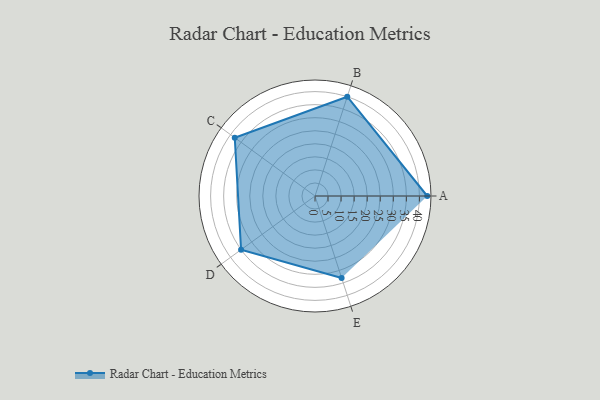
{"axis": {"x": "Skill", "y": "Score"}, "legend": ["Profile"], "data": [{"x": "A", "y": 43.0, "type": "Profile"}, {"x": "B", "y": 40.0, "type": "Profile"}, {"x": "C", "y": 38.0, "type": "Profile"}, {"x": "D", "y": 35.0, "type": "Profile"}, {"x": "E", "y": 33.0, "type": "Profile"}]}